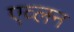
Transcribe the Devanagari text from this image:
एव्लन